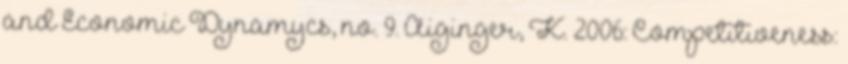
and Economic Dynamycs, no. 9. Aiginger, K. 2006: Competitiveness: